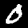
Digit: 0